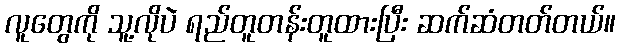
လူတွေကို သူ့လိုပဲ ရည်တူတန်းတူထားပြီး ဆက်ဆံတတ်တယ်။